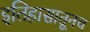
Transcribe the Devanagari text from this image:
इतिहासातूनच